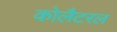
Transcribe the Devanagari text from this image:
कोलैटरल